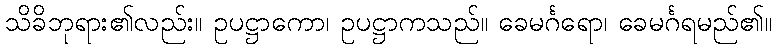
သိခိဘုရား၏လည်း။ ဥပဋ္ဌာကော၊ ဥပဋ္ဌာကသည်။ ခေမင်္ဂရော၊ ခေမင်္ဂရမည်၏။